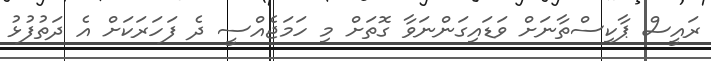
ރައީސް ޕާކިސްތާނަށް ވަޑައިގަންނަވާ ގޮތަށް މި ހަމަޖެއްސީ ދެ ފަހަރަކަށް އެ ދަތުފުޅު